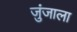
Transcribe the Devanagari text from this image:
जुंजाला